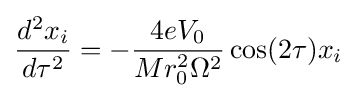
{\frac {d^{2}x_{i}}{d\tau ^{2}}}=-{\frac {4eV_{0}}{Mr_{0}^{2}\Omega ^{2}}}\cos(2\tau )x_{i}\!